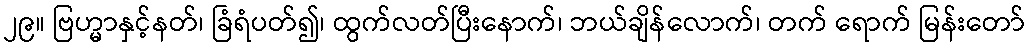
၂၉။ ဗြဟ္မာနှင့်နတ်၊ ခြံရံပတ်၍၊ ထွက်လတ်ပြီးနောက်၊ ဘယ်ချိန်လောက်၊ တက် ရောက် မြန်းတော်